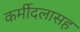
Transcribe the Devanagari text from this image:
कर्मीदलासह